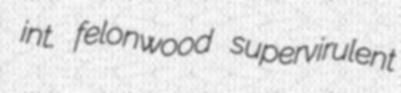
int. felonwood supervirulent